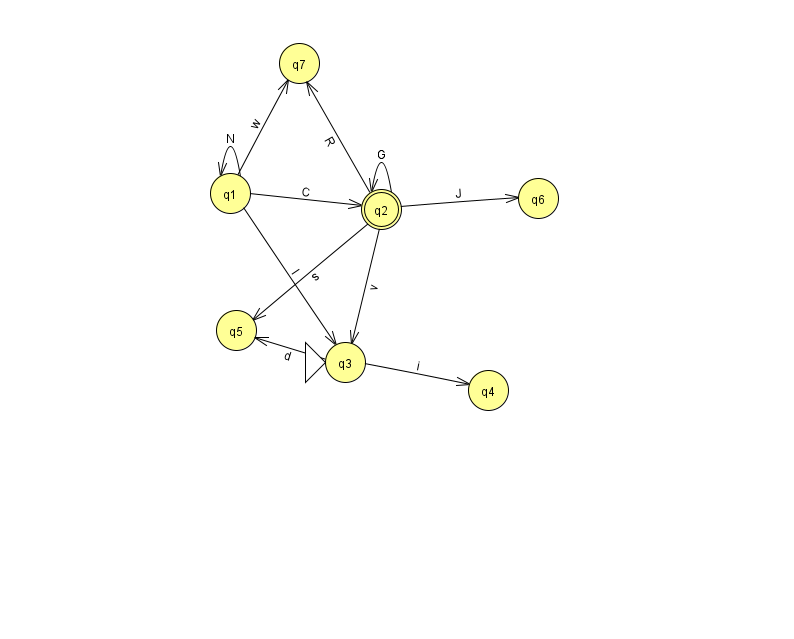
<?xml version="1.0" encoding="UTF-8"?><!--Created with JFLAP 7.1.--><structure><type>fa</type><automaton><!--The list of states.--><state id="1" name="q1"><x>230.0</x><y>180.0</y></state><state id="2" name="q2"><x>381.0</x><y>196.0</y><final/></state><state id="3" name="q3"><x>345.0</x><y>349.0</y><initial/></state><state id="4" name="q4"><x>488.0</x><y>377.0</y></state><state id="5" name="q5"><x>236.0</x><y>317.0</y></state><state id="6" name="q6"><x>538.0</x><y>185.0</y></state><state id="7" name="q7"><x>299.0</x><y>50.0</y></state><!--The list of transitions.--><transition><from>3</from><to>4</to><read>i</read></transition><transition><from>2</from><to>7</to><read>R</read></transition><transition><from>1</from><to>3</to><read>l</read></transition><transition><from>2</from><to>3</to><read>v</read></transition><transition><from>2</from><to>2</to><read>G</read></transition><transition><from>1</from><to>7</to><read>w</read></transition><transition><from>3</from><to>5</to><read>d</read></transition><transition><from>2</from><to>6</to><read>J</read></transition><transition><from>1</from><to>1</to><read>N</read></transition><transition><from>1</from><to>2</to><read>C</read></transition><transition><from>2</from><to>5</to><read>s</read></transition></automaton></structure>